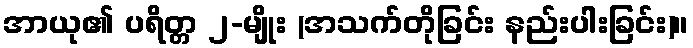
အာယု၏ ပရိတ္တ ၂-မျိုး (အသက်တိုခြင်း နည်းပါးခြင်း)။